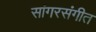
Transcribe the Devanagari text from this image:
सांगरसंगीत